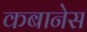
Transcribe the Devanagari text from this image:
कबानेस